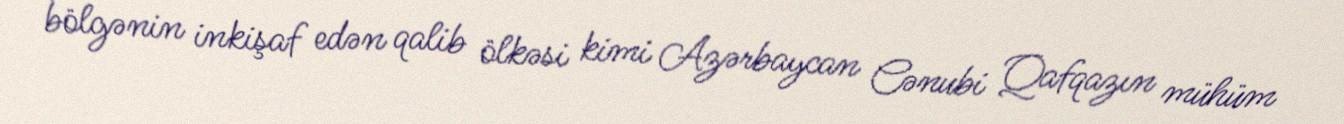
bölgənin inkişaf edən qalib ölkəsi kimi Azərbaycan Cənubi Qafqazın mühüm